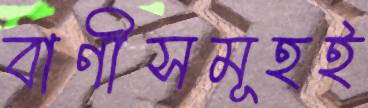
বাণীসমূহই